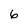
Character: 6